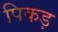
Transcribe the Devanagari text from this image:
पिकड़